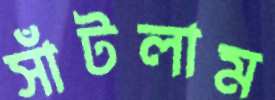
সাঁটলাম